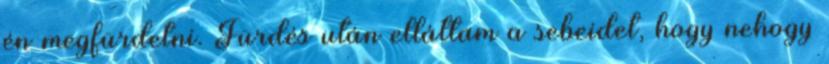
én megfürdetni. Fürdés után elláttam a sebeidet, hogy nehogy